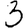
Digit: 3